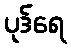
ပုဒ်ရေ